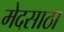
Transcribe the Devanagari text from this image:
मेदसाठा